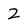
Character: 2